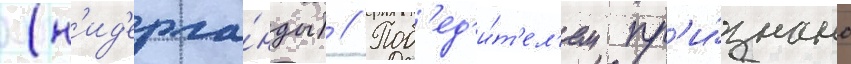
(н'ид'ерла́нды) // Поб'ед'и́т'ел'ем пр'и́знано